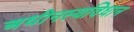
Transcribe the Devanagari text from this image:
अधीनस्थविधान